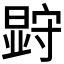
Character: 𭧗